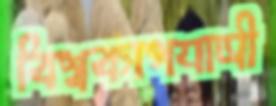
বিশ্বকাপযাত্রী